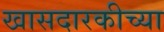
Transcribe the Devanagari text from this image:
खासदारकीच्या